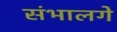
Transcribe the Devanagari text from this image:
संभालगे